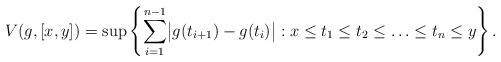
LaTeX: \begin{align*}V(g,[x,y]) = \sup \left\{\sum_{i=1}^{n-1} \bigl| g(t_{i+1}) - g(t_i)\bigr| : x \le t_1 \le t_2 \le \ldots \le t_n \le y\right\}.\end{align*}